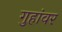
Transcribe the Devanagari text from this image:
गुहांवर